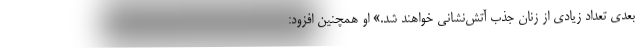
بعدی تعداد زیادی از زنان جذب آتش‌نشانی خواهند شد.» او همچنین افزود: